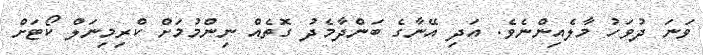
ވަނަ ދުވަހު މާލެއިންނެވެ. އަދި އޭނާގެ ބަންދާމެދު ގޮތެއް ނިންމުމަށް ކްރިމިނަލް ކޯޓަށް